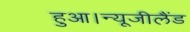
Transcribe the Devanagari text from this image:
हुआ।न्यूजीलैंड